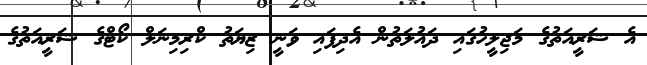
އެ ޝަރީއަތުގެ މަޖިލީހުގައި ދައުލަތުން އެދިފައި ވަނީ ޒިޔަތު ކްރިމިނަލް ކޯޓްގެ ޝަރީއަތުގެ